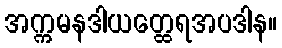
အက္ကမနဒါယတ္ထေရအပဒါန။